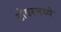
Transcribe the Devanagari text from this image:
टॉवरमध्ये